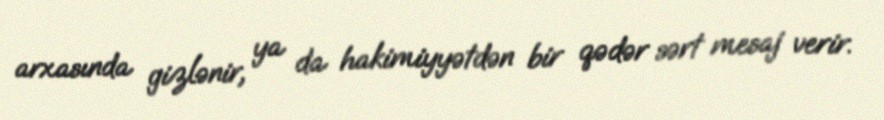
arxasında gizlənir, ya da hakimiyyətdən bir qədər sərt mesaj verir.